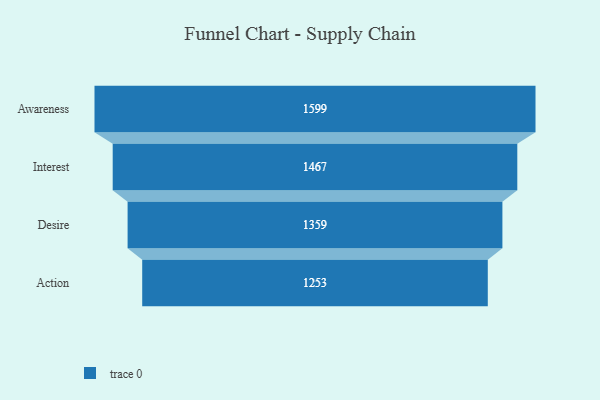
{"axis": {"x": "Stage", "y": "Value"}, "legend": [""], "data": [{"x": "Awareness", "y": 1599.0, "type": ""}, {"x": "Interest", "y": 1467.0, "type": ""}, {"x": "Desire", "y": 1359.0, "type": ""}, {"x": "Action", "y": 1253.0, "type": ""}]}